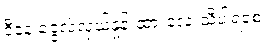
ဒီနေ့ ငွေလဲလှယ်နှုန်းထားလေးသိပါရစေ။